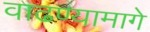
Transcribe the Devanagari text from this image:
वाढण्यामागे